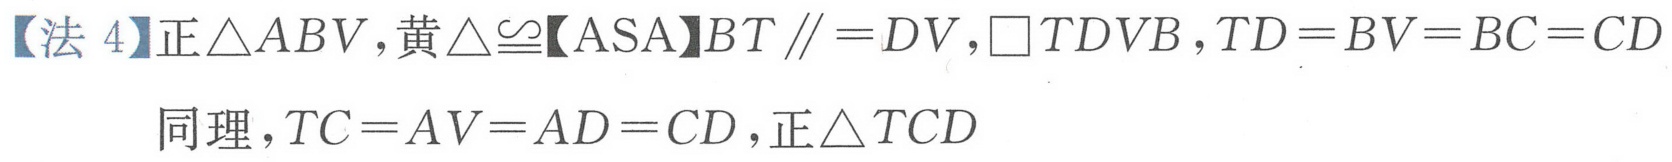
【法 \(4\)】正\(\triangle ABV\)，黄\(\triangle\cong\)【ASA】\(BT\parallel = DV\)，\(\square TDVB\)，\(TD = BV = BC = CD\)
同理，\(TC = AV = AD = CD\)，正\(\triangle TCD\)